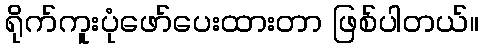
ရိုက်ကူးပုံဖော်ပေးထားတာ ဖြစ်ပါတယ်။